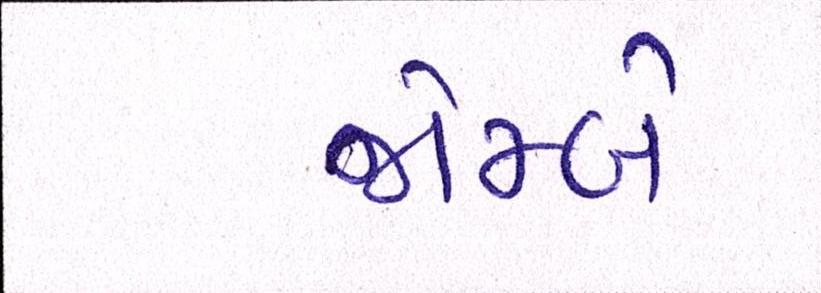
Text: જોમ્બે